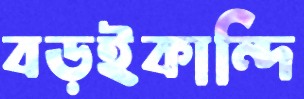
বড়ইকান্দি